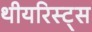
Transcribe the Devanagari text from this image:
थीयरिस्ट्स